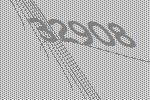
32908